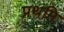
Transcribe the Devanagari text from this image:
प्रथमि